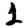
Digit: 1